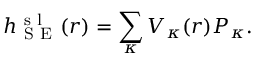
h _ { \mathrm { ~ S ~ E ~ } } ^ { \mathrm { ~ s ~ l ~ } } ( r ) = \sum _ { \kappa } V _ { \kappa } ( r ) P _ { \kappa } .